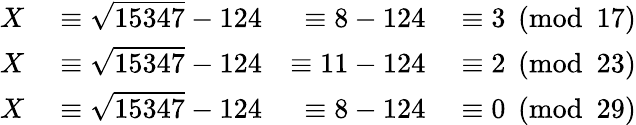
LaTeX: \begin{array}{rlrl}{X}&{{}\equiv{\sqrt{15347}}-124}&{\equiv 8-124}&{{}\equiv 3{\pmod{17}}}\\ {X}&{{}\equiv{\sqrt{15347}}-124}&{\equiv 11-124}&{{}\equiv 2{\pmod{23}}}\\ {X}&{{}\equiv{\sqrt{15347}}-124}&{\equiv 8-124}&{{}\equiv 0{\pmod{29}}}\end{array}